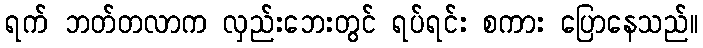
ရက် ဘတ်တလာက လှည်းဘေးတွင် ရပ်ရင်း စကား ပြောနေသည်။